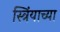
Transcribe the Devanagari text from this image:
स्त्रिंयाच्या